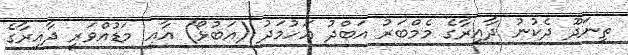
ތިނަދޫ ދެކުނު ދާއިރާގެ މެމްބަރު އަބްދު އަހުމަދު (އަބުޅޯ) އާއި މަޑުއްވަރީ ދާއިރާގެ